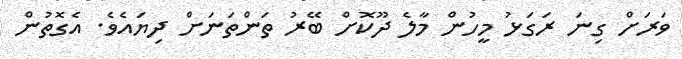
ވަރަށް ގިނަ ރަގަޅު މީހުން މާލެ ދޫކޮށް ބޭރު ތަންތަނަށް ދިޔައެވެ. އެގޮތުން